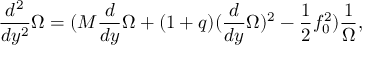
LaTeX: \frac { d ^ { 2 } } { d y ^ { 2 } } \Omega = ( M \frac { d } { d y } \Omega + ( 1 + q ) ( \frac { d } { d y } \Omega ) ^ { 2 } - \frac { 1 } { 2 } f _ { 0 } ^ { 2 } ) \frac { 1 } { \Omega } ,